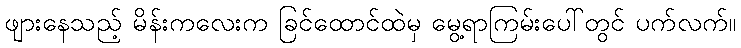
ဖျားနေသည့် မိန်းကလေးက ခြင်ထောင်ထဲမှ မွေ့ရာကြမ်းပေါ်တွင် ပက်လက်။